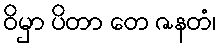
ဝိမှာ ပိတာ တေ ဇနတံ၊